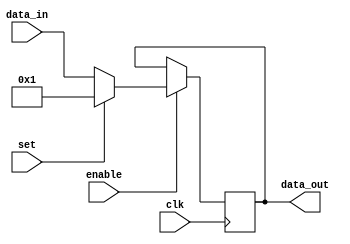
`timescale 1ns / 1ps
//////////////////////////////////////////////////////////////////////////////////
// Company: 
// Engineer: 
// 
// Design Name: 
// Module Name: registroa
// Project Name: 
// Target Devices: 
// Tool Versions: 
// Description: 
// 
// Dependencies: 
// 
// Revision:
// Revision 0.01 - File Created
// Additional Comments:
// 
//////////////////////////////////////////////////////////////////////////////////


module registroa(
    input [9:0] data_in,
    input enable,
    input set,
    input clk,
    output reg [9:0] data_out
    );
    initial data_out = 0;
    
    always @(posedge clk)
    if (enable==1)
        begin
          if (set)
            data_out = 1;
          else data_out = data_in;
        end
    else data_out = data_out;
endmodule